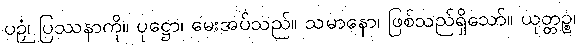
ပဉှံ၊ ပြဿနာကို။ ပုဋ္ဌော၊ မေးအပ်သည်။ သမာနော၊ ဖြစ်သည်ရှိသော်။ ယုတ္တဉ္စ၊